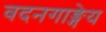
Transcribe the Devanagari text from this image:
वदनगाङ्गेय